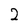
Character: 2